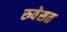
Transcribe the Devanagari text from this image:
रुवेसत